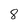
Character: 8